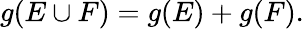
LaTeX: g(E\cup F)=g(E)+g(F).